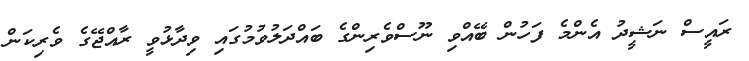
ރައީސް ނަޝީދު އެންމެ ފަހުން ބޭއްވި ނޫސްވެރިންގެ ބައްދަލުވުމުގައި ވިދާޅުވީ ރާއްޖޭގެ ވެރިކަން